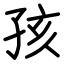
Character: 孩